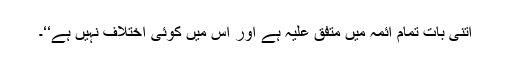
اتنی بات تمام ائمہ میں متفق علیہ ہے اور اس میں کوئی اختلاف نہیں ہے‘‘۔